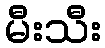
မီးသီး